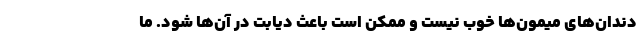
دندان‌های میمون‌ها خوب نیست و ممکن است باعث دیابت در آن‌ها شود. ما